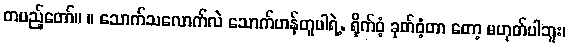
တပည့်တော်။ ။ သောက်သလောက်လဲ သောက်ဟန်တူပါရဲ့. ရိုက်ဝံ့ ခုတ်ဝံ့တာ တော့ မဟုတ်ပါဘူး၊